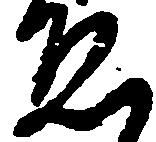
ゑ